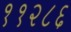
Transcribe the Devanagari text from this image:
११२८६